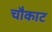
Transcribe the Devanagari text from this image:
चौकाट